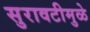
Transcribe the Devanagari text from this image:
सुरावटीमुळे